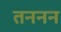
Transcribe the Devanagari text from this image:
तननन